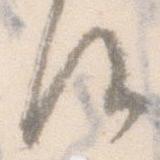
候